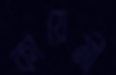
কায়েমী